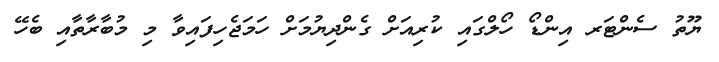
ޔޫތު ސެންޓަރ އިންޑޯ ހޯލްގައި ކުރިއަށް ގެންދިޔުމަށް ހަމަޖެހިފައިވާ މި މުބާރާތާއި ބެހޭ